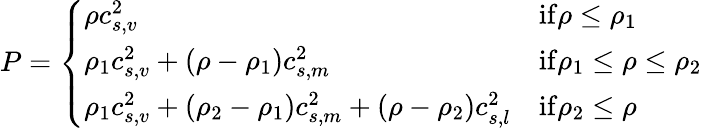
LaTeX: P=\left\{ \begin{array}{ll}{\rho c_{s,v}^{2}}&{\mathrm{if}\rho\leq\rho_{1}}\\ {\rho_{1}c_{s,v}^{2}+\left(\rho-\rho_{1}\right)c_{s,m}^{2}}&{\mathrm{if}\rho_{1}\leq\rho\leq\rho_{2}}\\ {\rho_{1}c_{s,v}^{2}+\left(\rho_{2}-\rho_{1}\right)c_{s,m}^{2}+\left(\rho-\rho_{2}\right)c_{s,l}^{2}}&{\mathrm{if}\rho_{2}\leq\rho}\end{array}\right.